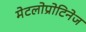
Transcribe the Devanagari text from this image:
मेटलोप्रोटिनेज